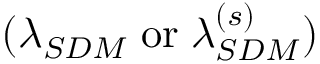
( \lambda _ { S D M } \; \mathrm { o r } \; \lambda _ { S D M } ^ { ( s ) } )